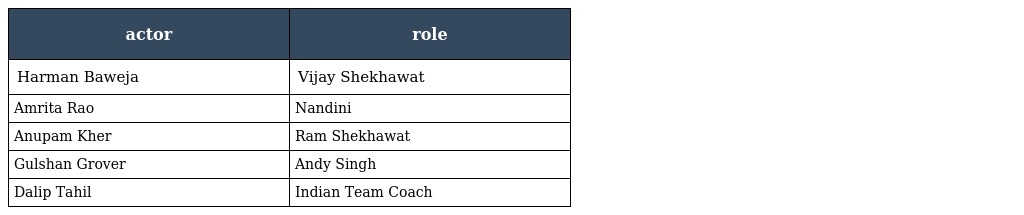
| actor | role |
 | --- | --- |
 | Harman Baweja | Vijay Shekhawat |
 | Amrita Rao | Nandini |
 | Anupam Kher | Ram Shekhawat |
 | Gulshan Grover | Andy Singh |
 | Dalip Tahil | Indian Team Coach |